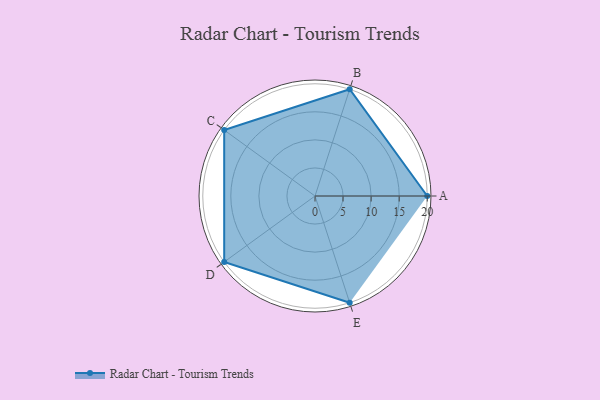
{"axis": {"x": "Skill", "y": "Score"}, "legend": ["Profile"], "data": [{"x": "A", "y": 20, "type": "Profile"}, {"x": "B", "y": 20, "type": "Profile"}, {"x": "C", "y": 20, "type": "Profile"}, {"x": "D", "y": 20, "type": "Profile"}, {"x": "E", "y": 20, "type": "Profile"}]}